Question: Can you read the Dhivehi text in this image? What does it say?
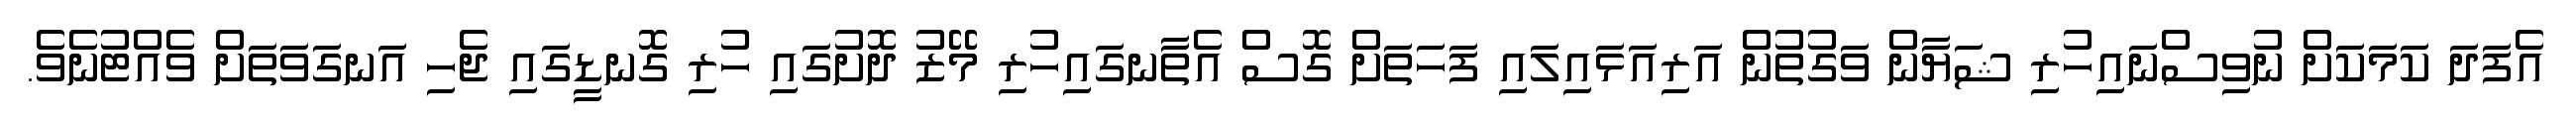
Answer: އެފަދަ ކަމަކަށް ނުވިސްނައިހުރި ޝަޔާން ވަގުތުން އަރިއަޅައިލައި ފަހަތަށް ގޮސް އެތާނގައިހުރި މޭޒު ދޮށުގައި ހުރި ގޮނޑީގައި ޖެހި އަނގަވަތަށް ވެއްޓުނެވެ.